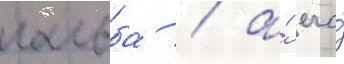
гальба / а́ его́